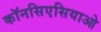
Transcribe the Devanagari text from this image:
कॉनसिएसियाओ